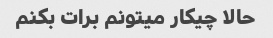
حالا چیکار میتونم برات بکنم